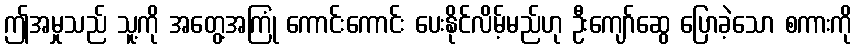
ဤအမှုသည် သူ့ကို အတွေ့အကြုံ ကောင်းကောင်း ပေးနိုင်လိမ့်မည်ဟု ဦးကျော်ဆွေ ပြောခဲ့သော စကားကို